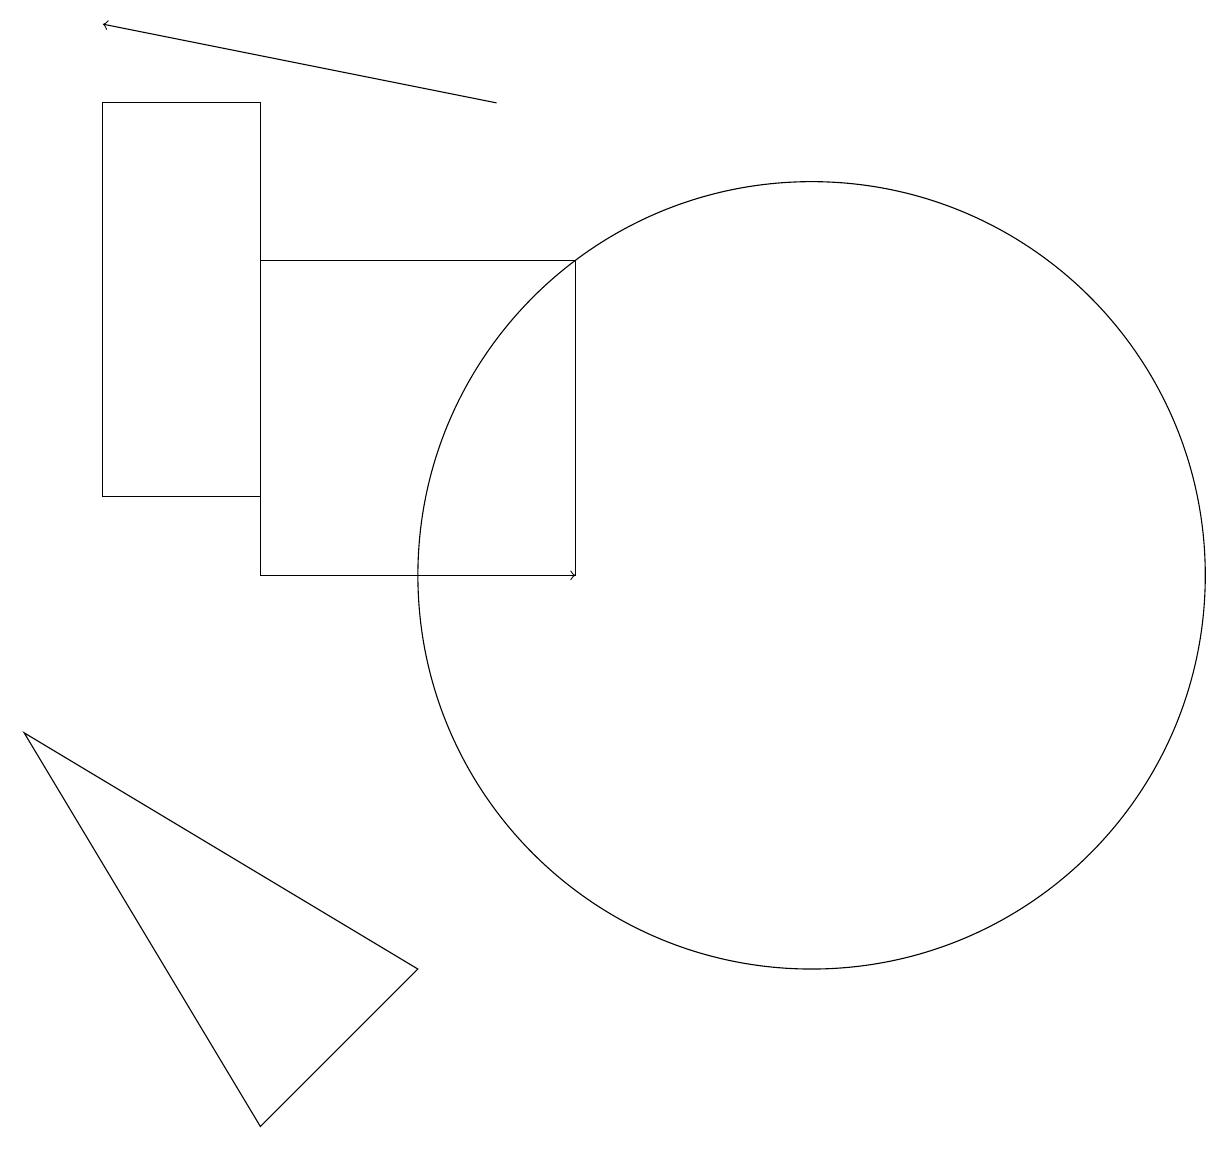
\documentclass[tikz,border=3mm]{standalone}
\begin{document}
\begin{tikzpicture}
\draw (7,6) -- (2,9) -- (5,4) -- cycle;
\draw[->] (8,11) -- (9,11);
\draw (3,12) rectangle (5,17);
\draw (12,11) circle (5);
\draw[->] (8,17) -- (3,18);
\draw (5,15) rectangle (9,11);
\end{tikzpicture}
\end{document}